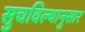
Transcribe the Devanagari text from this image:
सुचविल्यानुसार